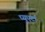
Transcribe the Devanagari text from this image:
प्युएर्टा